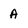
Character: A